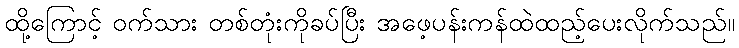
ထို့ကြောင့် ဝက်သား တစ်တုံးကိုခပ်ပြီး အဖေ့ပန်းကန်ထဲထည့်ပေးလိုက်သည်။